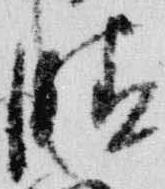
晴